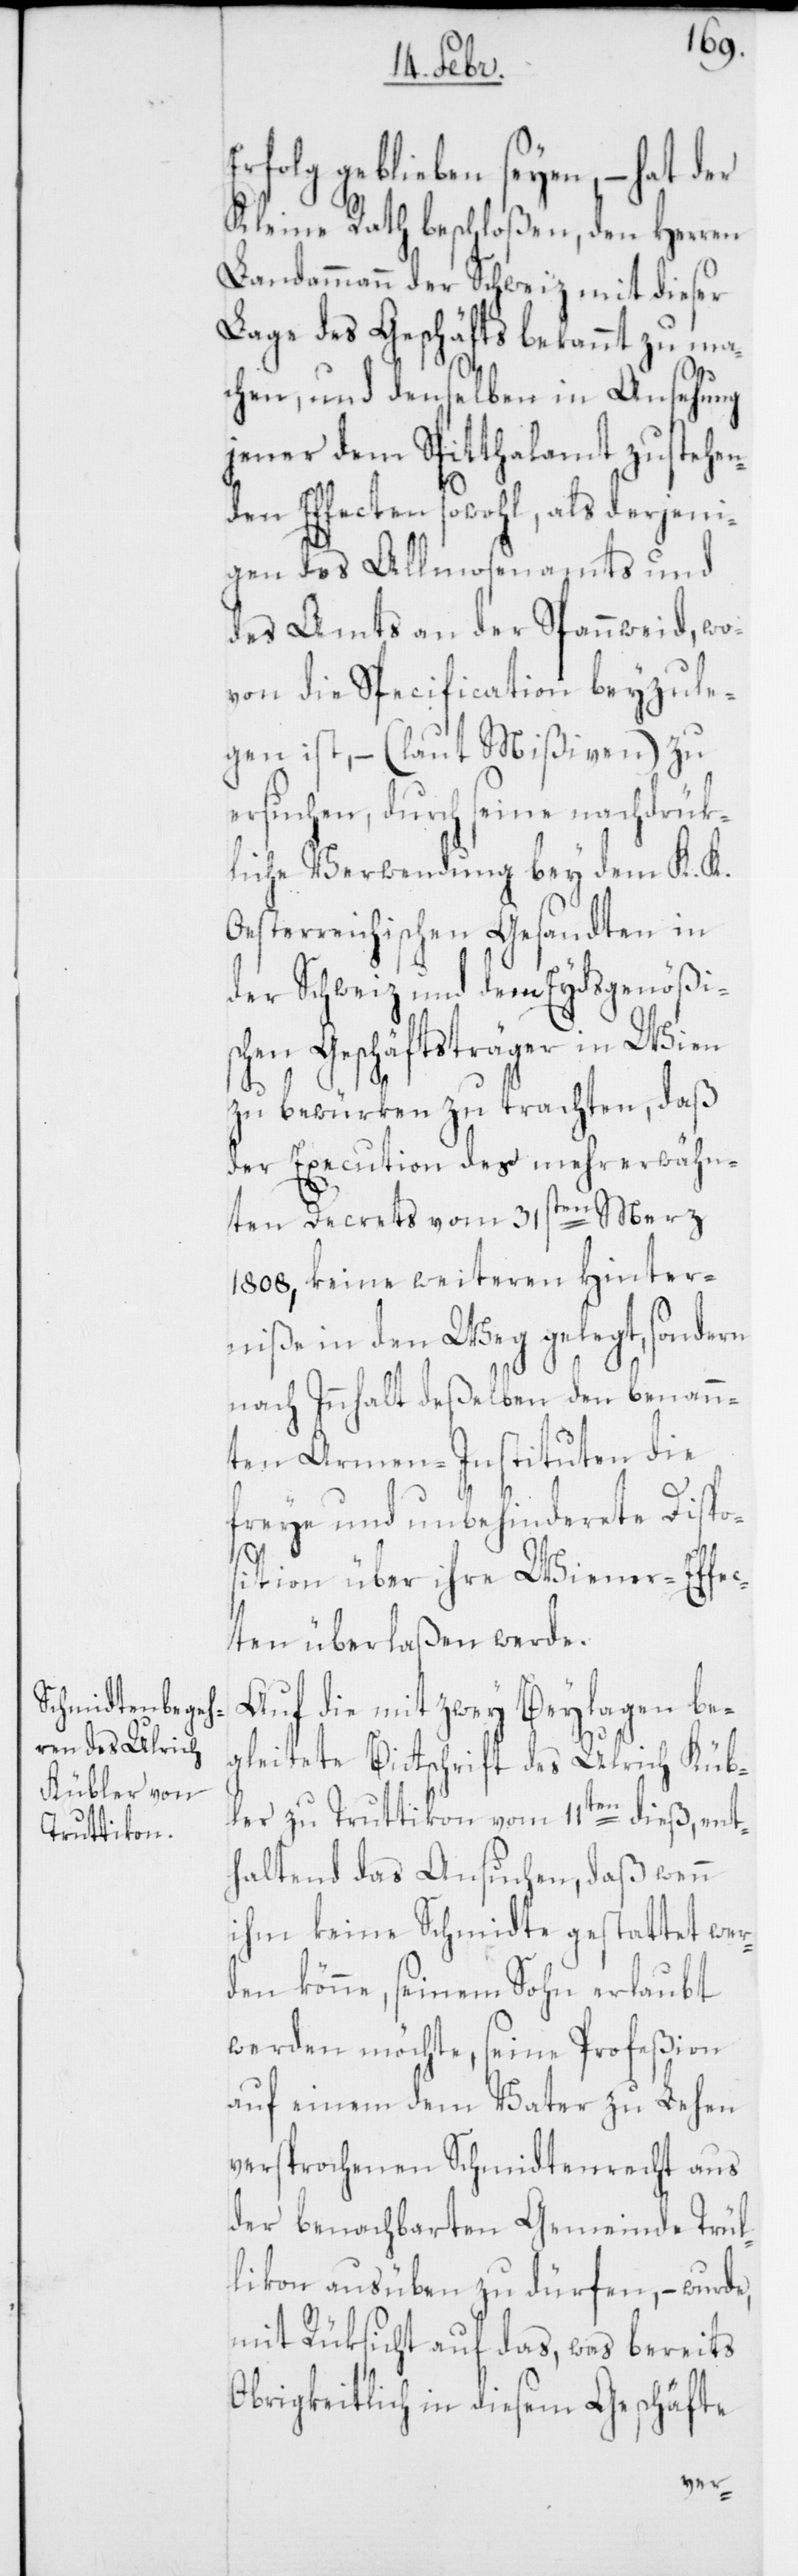
Erfolg geblieben seyen, – hat der
Kleine Rath beschloßen, den Herren
Landammann der Schweiz mit dieser
Lage des Geschäfts bekannt zu ma¬
chen, und denselben in Ansehung
jener dem Spitthalamt zustehen¬
den Effecten sowohl, als derjeni¬
gen des Almosenamts und
des Amts an der Spannweid, wo¬
von die Specification beyzule¬
gen ist, – (laut Mißiven) zu
ersuchen, durch seine nachdrük¬
liche Verwendung bey dem K. K.
Oesterreichischen Gesandten in
der Schweiz und dem Eydsgenößis¬
chen Geschäftsträger in Wien
zu bewürken zu trachten, daß
der Execution des mehrerwähn¬
ten Decrets vom 31sten Merz
1808, keine weiteren Hinter¬
niße in den Weg gelegt, sondern
nach Innhalt deßelben den benann¬
ten Armen-Instituten die
freye und unbehinderete Dispo¬
s¬
ition über ihre Wiener-Effec¬
ten überlaßen werde.
Auf die mit zwey Beylagen be¬
gleitete Bitschrift des Ulrich Küb¬
ler zu Truttikon vom 11ten dieß, ent¬
haltend das Ansuchen, daß wenn
ihm keine Schmidte gestattet wer¬
den könne, seinem Sohn erlaubt
werden möchte, seine Profeßion
auf einem dem Vater zu Lehen
versprochenen Schmidtenrecht aus
der benachbarten Gemeinde Trül¬
likon ausüben zu dürfen, – wurde,
mit Rüksicht auf das, was bereits
Obrigkeitlich in diesem Geschäfte
ver-